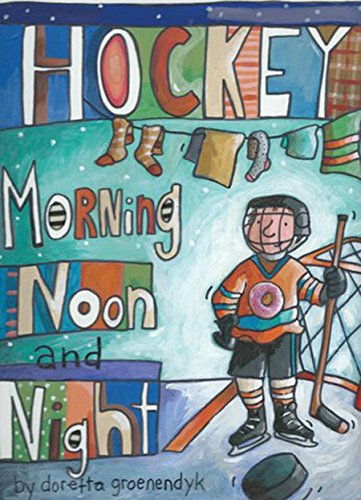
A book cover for Hockey Morning Noon and Night; Sports & Outdoors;